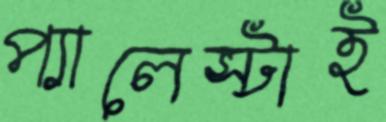
প্যালেস্টাই